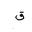
Letter: _qaf